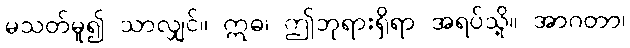
မသတ်မူ၍ သာလျှင်။ ဣဓ၊ ဤဘုရားရှိရာ အရပ်သို့။ အာဂတာ၊